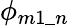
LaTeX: \phi_{m1\_ n}